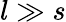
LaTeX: l\gg s